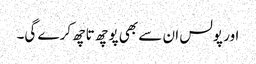
اور پولس ان سے بھی پوچھ تاچھ کرے گی۔